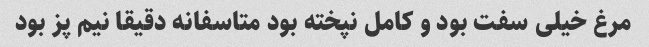
مرغ خیلی سفت بود و کامل نپخته بود متاسفانه دقیقا نیم پز بود